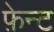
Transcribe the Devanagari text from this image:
फ़ेन्ट